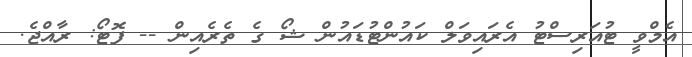
އެމްވީ ޓުއަރިސްޓު އެރައިވަލް ކައުންޓުޑައުން ޝޯ ގެ ތެރެއިން -- ފޮޓޯ: ރާއްޖެ.